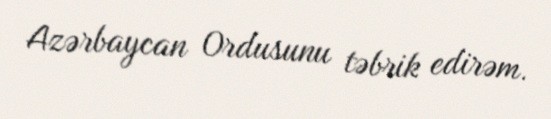
Azərbaycan Ordusunu təbrik edirəm.